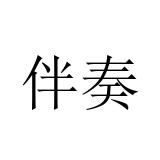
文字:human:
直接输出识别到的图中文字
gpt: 伴奏